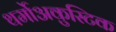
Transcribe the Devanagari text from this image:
थर्मोअकुस्टिक